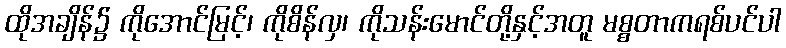
ထိုအချိန်၌ ကိုအောင်မြင့်၊ ကိုစိန်လှ၊ ကိုသန်းမောင်တို့နှင့်အတူ မစ္စတာကရစ်ပင်ပါ